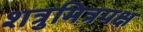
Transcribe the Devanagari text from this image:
शत्रुमित्रपक्ष